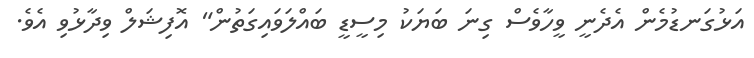
އަޅުގަނޑުމެން އެދެނީ ވީހާވެސް ގިނަ ބަޔަކު މިސީޑީ ބައްލަވައިގަތުން" އޮފިޝަލް ވިދާޅުވި އެވެ.